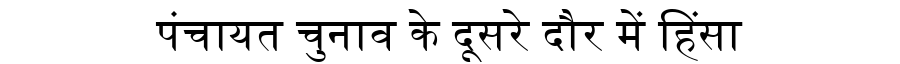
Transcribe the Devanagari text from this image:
पंचायत चुनाव के दूसरे दौर में हिंसा